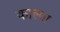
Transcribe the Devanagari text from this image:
काल्पा